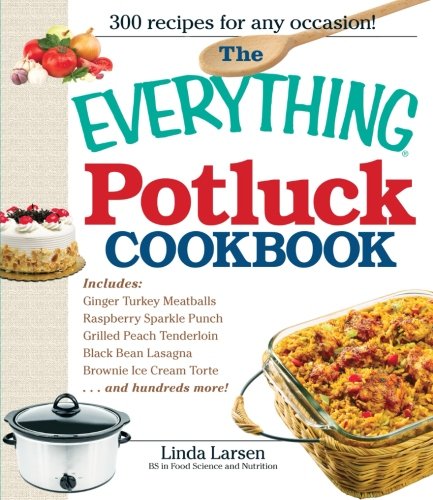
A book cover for The Everything Potluck Cookbook; Linda Larsen; Cookbooks, Food & Wine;